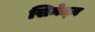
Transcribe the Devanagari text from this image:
सिमेत्ज़